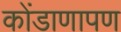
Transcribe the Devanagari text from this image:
कोंडाणापण